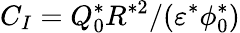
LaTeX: C_{I}=Q_{0}^{*}R^{*2}/(\varepsilon^{*}\phi_{0}^{*})